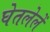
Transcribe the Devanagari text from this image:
घेतलेलें